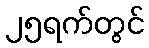
၂၅ရက်တွင်